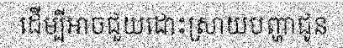
ដើម្បីអាចជួយដោះស្រាយបញ្ហាជូន